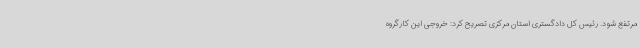
مرتفع شود. رئیس کل دادگستری استان مرکزی تصریح کرد: خروجی این کارگروه